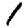
Digit: 1